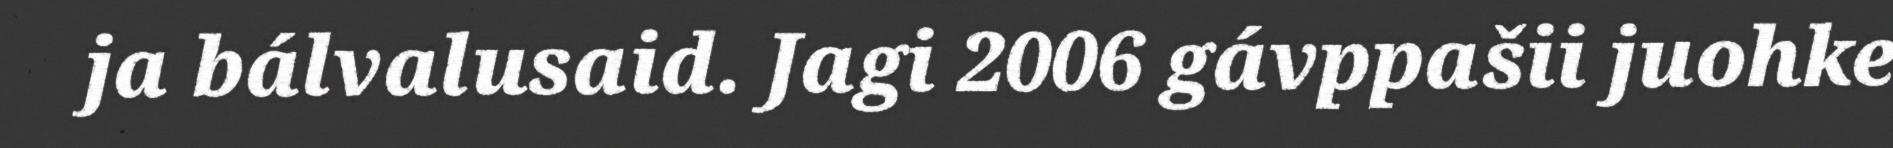
ja bálvalusaid. Jagi 2006 gávppašii juohke